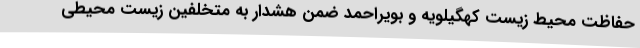
حفاظت محیط زیست کهگیلویه و بویراحمد ضمن هشدار به متخلفین زیست محیطی